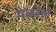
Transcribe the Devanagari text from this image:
मेकॉले